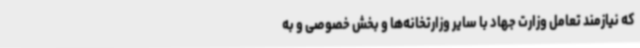
که نیازمند تعامل وزارت جهاد با سایر وزارتخانه‌ها و بخش خصوصی و به